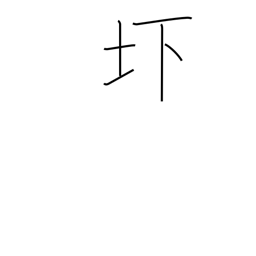
Meaning: low-lying land